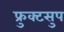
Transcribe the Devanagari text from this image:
फ्रुक्टसुप